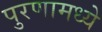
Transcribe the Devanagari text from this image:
पुरणामध्ये